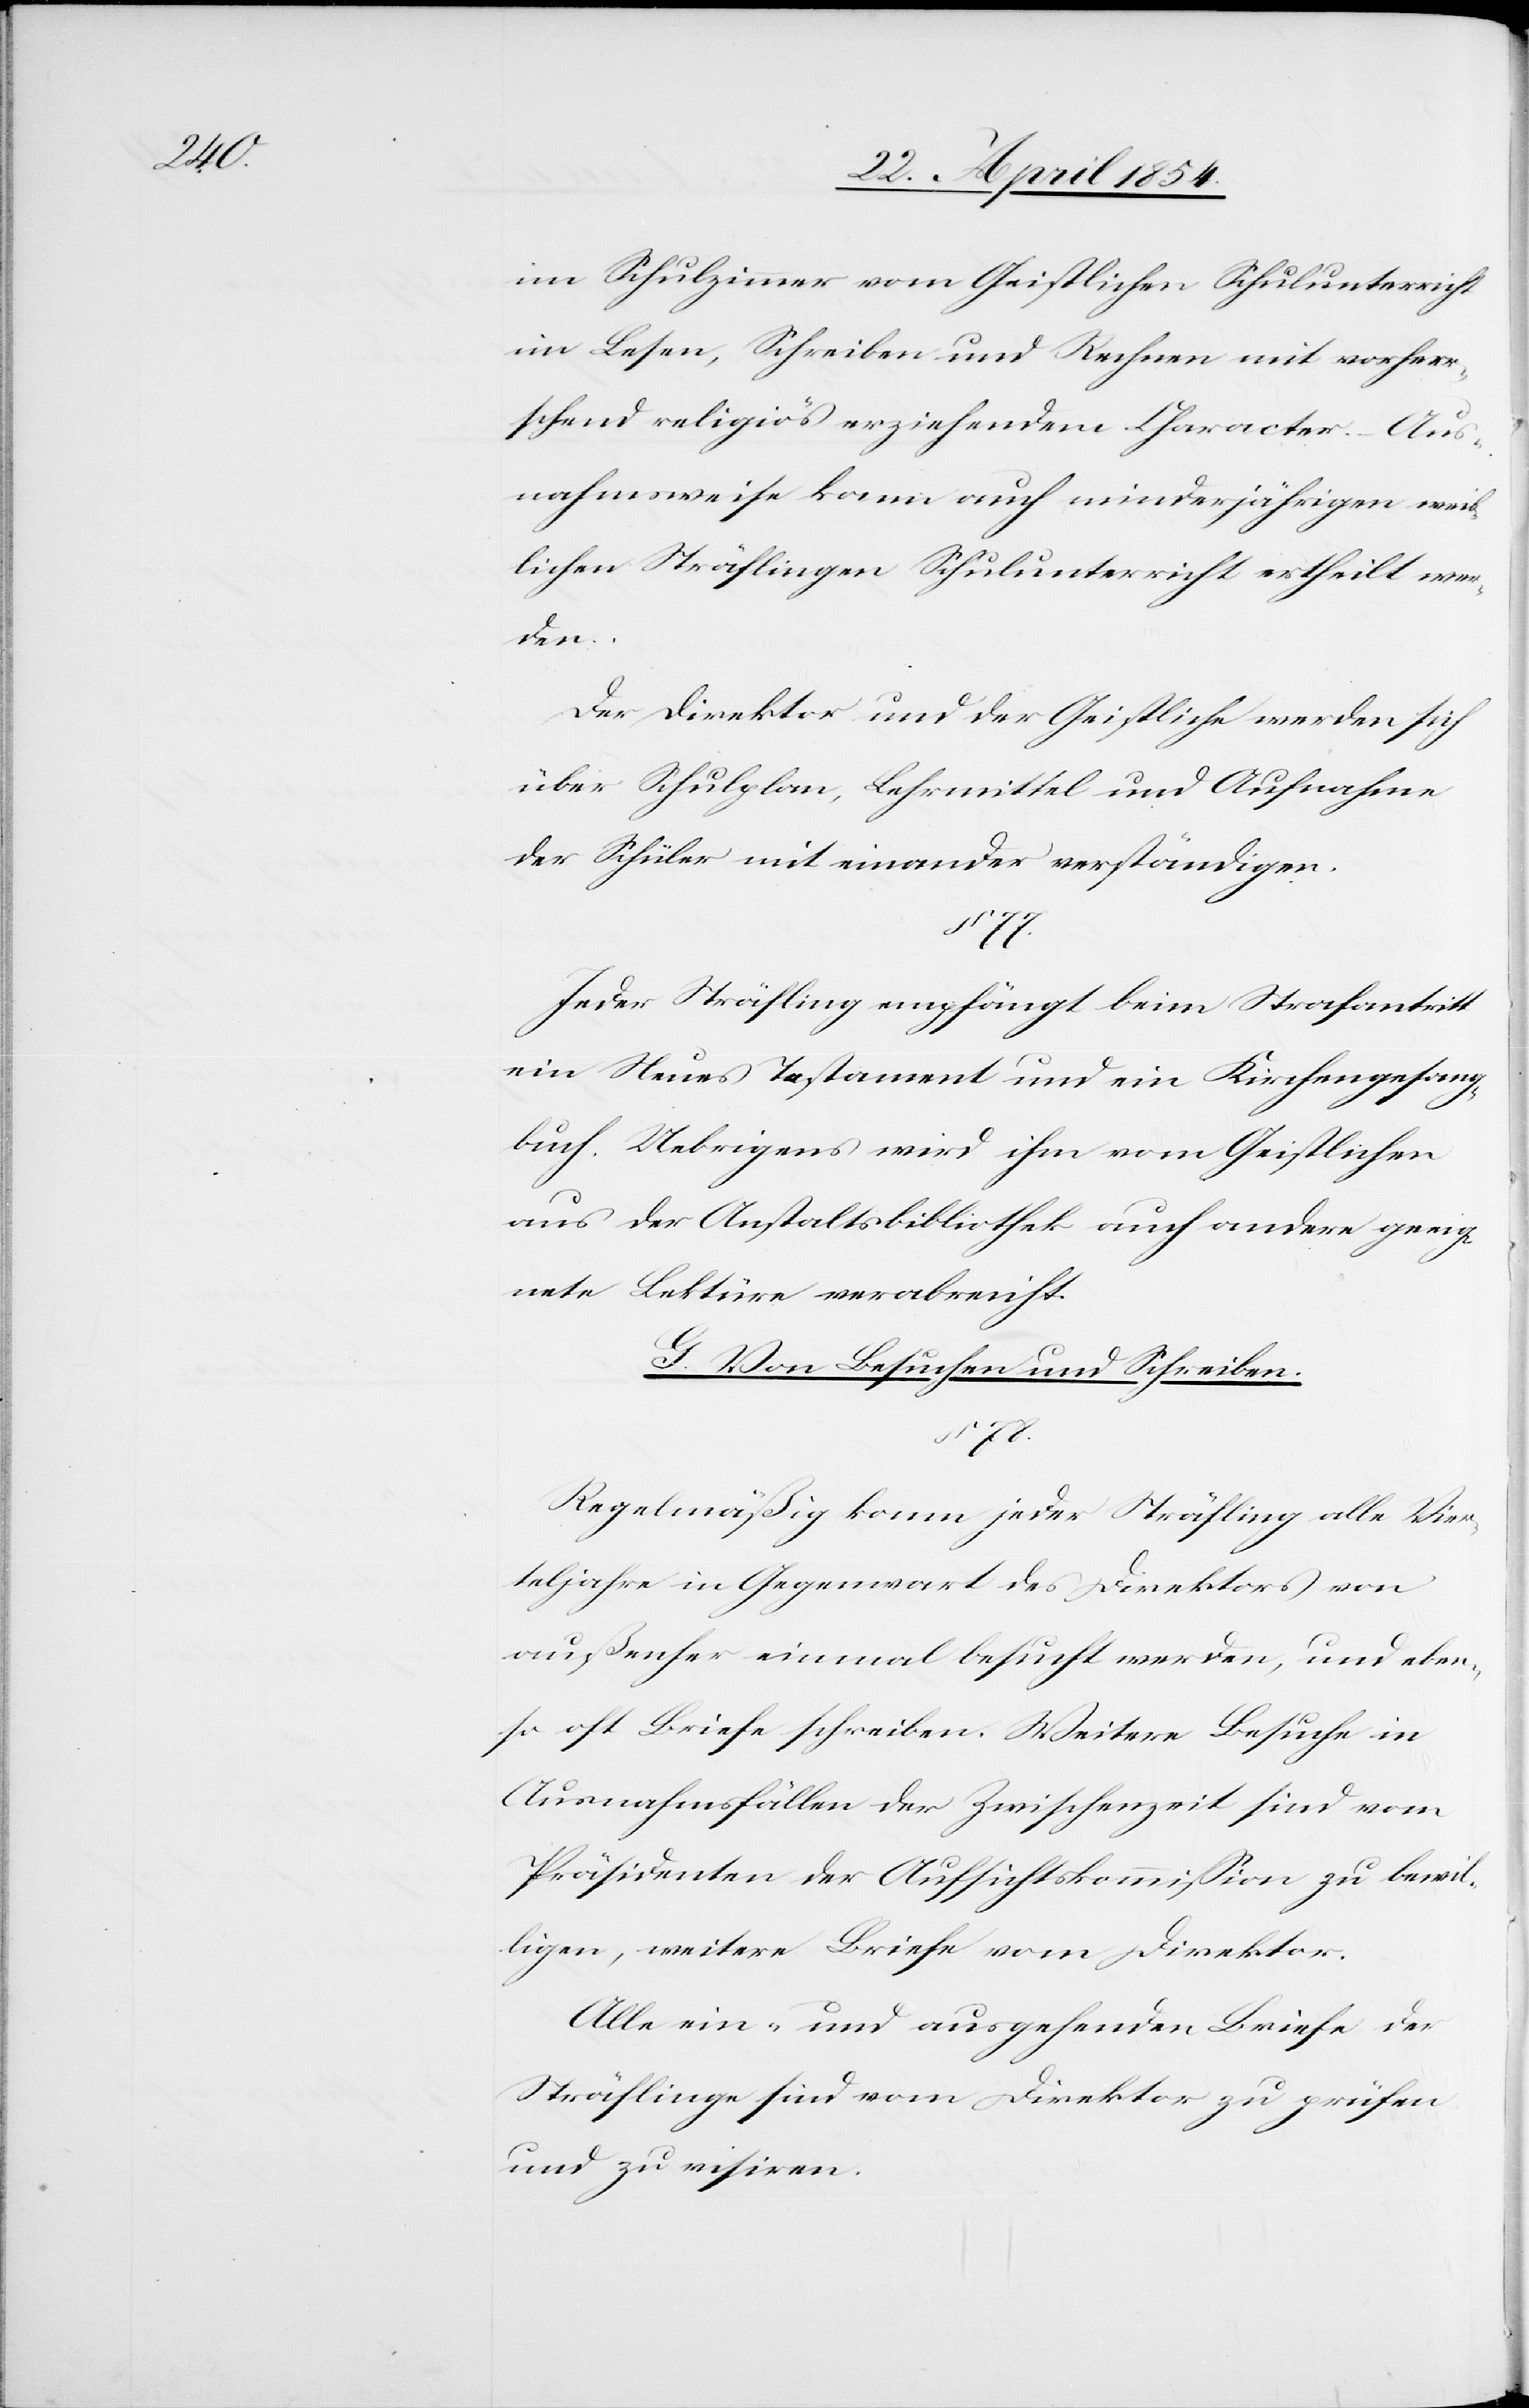
im Schulzimmer vom Geistlichen Schulunterricht
im Lesen, Schreiben und Rechnen mit vorherr¬
schend religiös erziehendem Character. – Aus¬
nahmsweise kann auch minderjährigen weib¬
lichen Sträflingen Schulunterricht ertheilt wer¬
den.
Der Direktor und der Geistliche werden sich
über Schulplan, Lehrmittel und Aufnahme
der Schüler mit einander verständigen.
§ 77.
Jeder Sträfling empfängt beim Strafantritt
ein Neues Testament und ein Kirchengesang¬
buch. Uebrigens wird ihm vom Geistlichen
aus der Anstaltsbibliothek auch andere geeig¬
nete Lektüre verabreicht.
G. Von Besuchen und Schreiben.
§ 78.
Regelmäßig kann jeder Sträfling alle Vier¬
teljahre in Gegenwart des Direktors von
außenher einmal besucht werden, und eben¬
so oft Briefe schreiben. Weitere Besuche in
Ausnahmsfällen der Zwischenzeit sind vom
Präsidenten der Aufsichtskommißion zu bewil¬
ligen, weitere Briefe vom Direktor.
Alle ein- und ausgehenden Briefe der
Sträflinge sind vom Direktor zu prüfen
und zu visiren.